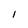
Character: l